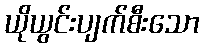
ယိုယွင်းပျက်စီးသော